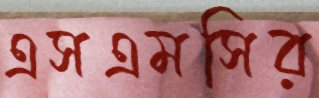
এসএমসির